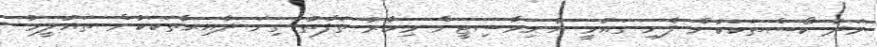
މަދު ކޯސްތަކަކުން ފެށި ގައުމީ ޔުނިވާސިޓީން މިހާރު ތަފާތު ގިނަ ދާއިރާތަަކަކުން ތައުލީމު